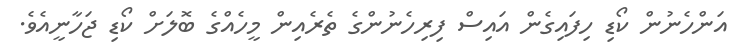
އަންހެނުން ކޯޑި ހިފައިގެން އައިސް ފިރިހެނުންގެ ތެރެއިން މީހެއްގެ ބޮލަށް ކޯޑި ޖަހާނީއެވެ.